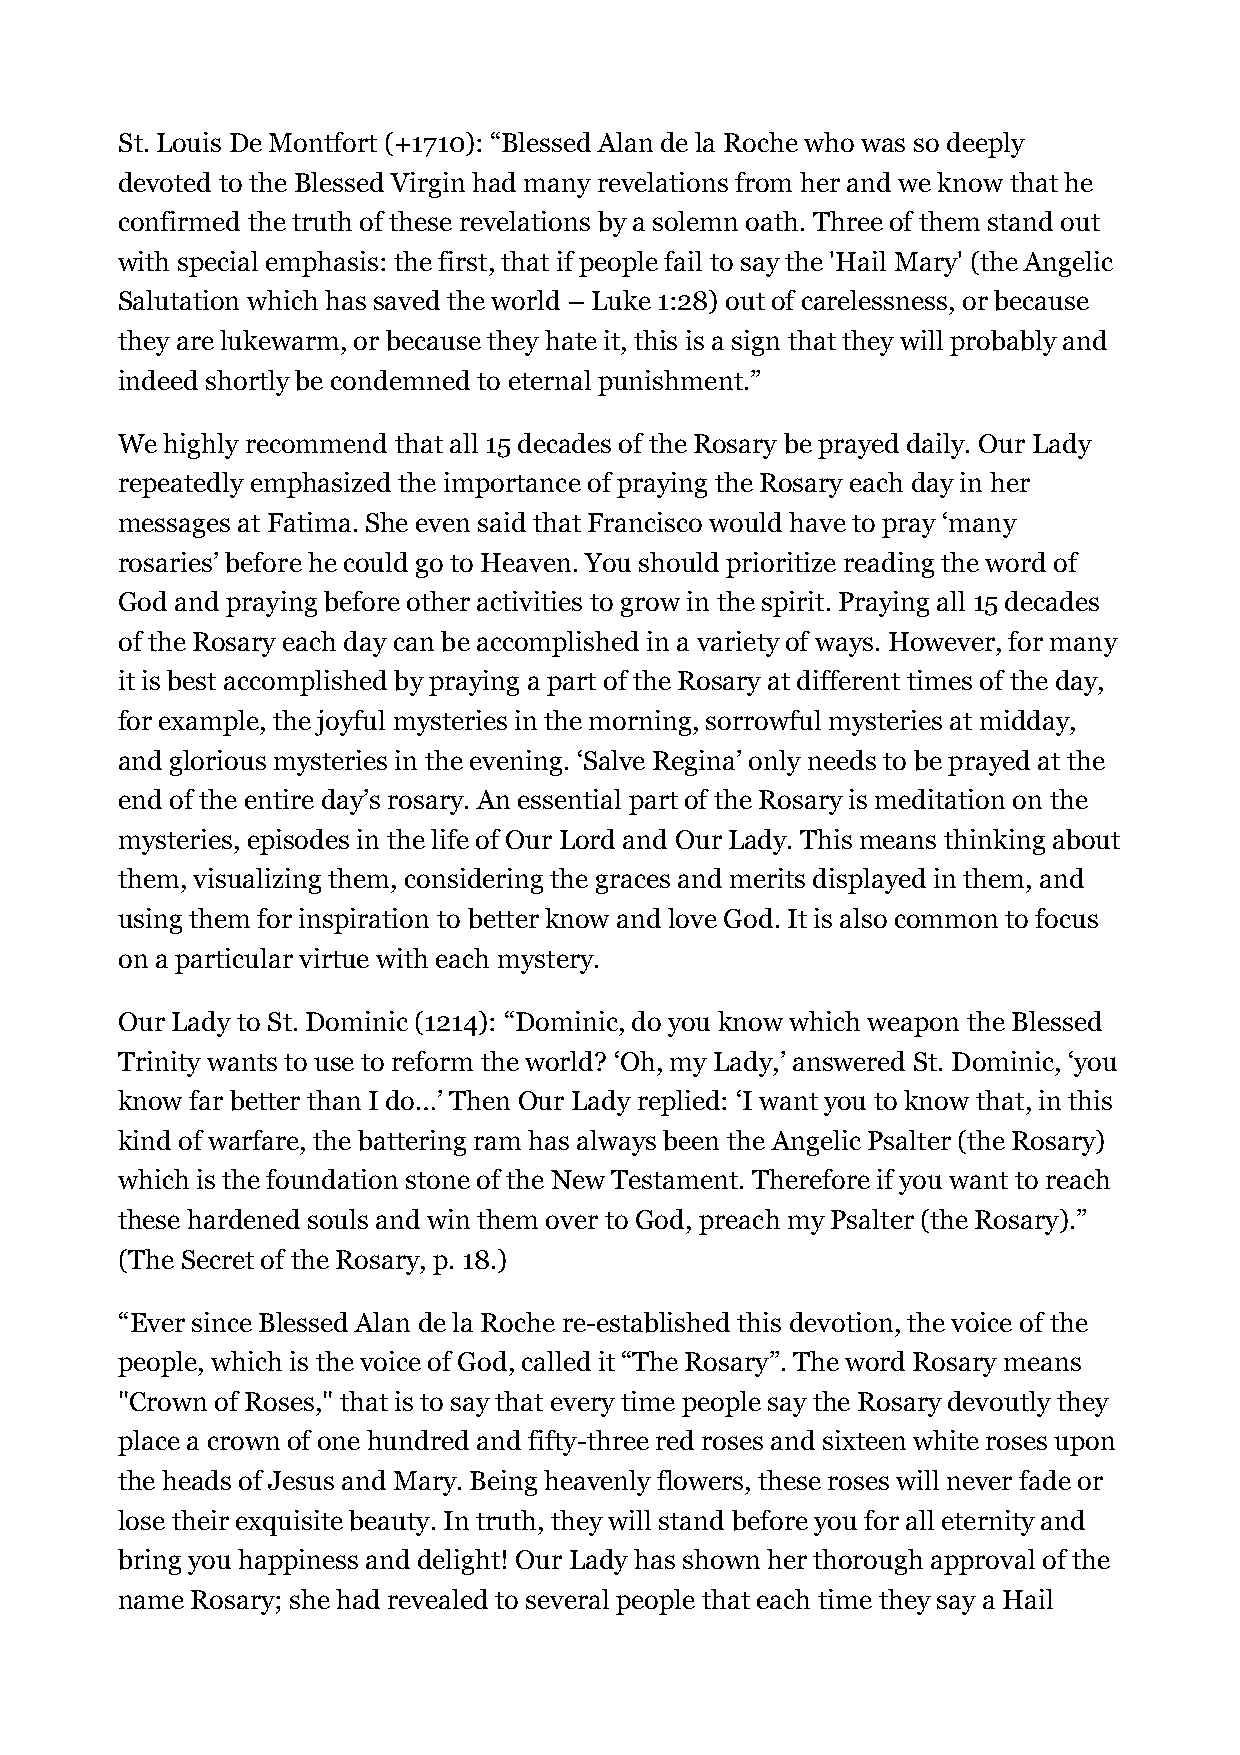
St. Louis De Montfort (+1710): “Blessed Alan de la Roche who was so deeply
 devoted to the Blessed Virgin had many revelations from her and we know that he
 confirmed the truth of these revelations by a solemn oath. Three of them stand out
 with special emphasis: the first, that if people fail to say the 'Hail Mary' (the Angelic
 Salutation which has saved the world – Luke 1:28) out of carelessness, or because
 they are lukewarm, or because they hate it, this is a sign that they will probably and
 indeed shortly be condemned to eternal punishment.”
 We highly recommend that all 15 decades of the Rosary be prayed daily. Our Lady
 repeatedly emphasized the importance of praying the Rosary each day in her
 messages at Fatima. She even said that Francisco would have to pray ‘many
 rosaries’ before he could go to Heaven. You should prioritize reading the word of
 God and praying before other activities to grow in the spirit. Praying all 15 decades
 of the Rosary each day can be accomplished in a variety of ways. However, for many
 it is best accomplished by praying a part of the Rosary at different times of the day,
 for example, the joyful mysteries in the morning, sorrowful mysteries at midday,
 and glorious mysteries in the evening. ‘Salve Regina’ only needs to be prayed at the
 end of the entire day’s rosary. An essential part of the Rosary is meditation on the
 mysteries, episodes in the life of Our Lord and Our Lady. This means thinking about
 them, visualizing them, considering the graces and merits displayed in them, and
 using them for inspiration to better know and love God. It is also common to focus
 on a particular virtue with each mystery.
 Our Lady to St. Dominic (1214): “Dominic, do you know which weapon the Blessed
 Trinity wants to use to reform the world? ‘Oh, my Lady,’ answered St. Dominic, ‘you
 know far better than I do…’ Then Our Lady replied: ‘I want you to know that, in this
 kind of warfare, the battering ram has always been the Angelic Psalter (the Rosary)
 which is the foundation stone of the New Testament. Therefore if you want to reach
 these hardened souls and win them over to God, preach my Psalter (the Rosary).”
 (The Secret of the Rosary, p. 18.)
 “Ever since Blessed Alan de la Roche re-established this devotion, the voice of the
 people, which is the voice of God, called it “The Rosary”. The word Rosary means
 "Crown of Roses," that is to say that every time people say the Rosary devoutly they
 place a crown of one hundred and fifty-three red roses and sixteen white roses upon
 the heads of Jesus and Mary. Being heavenly flowers, these roses will never fade or
 lose their exquisite beauty. In truth, they will stand before you for all eternity and
 bring you happiness and delight! Our Lady has shown her thorough approval of the
 name Rosary; she had revealed to several people that each time they say a Hail